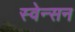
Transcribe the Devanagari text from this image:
स्वेन्सन